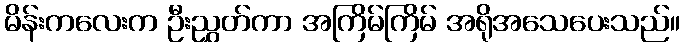
မိန်းကလေးက ဦးညွှတ်ကာ အကြိမ်ကြိမ် အရိုအသေပေးသည်။